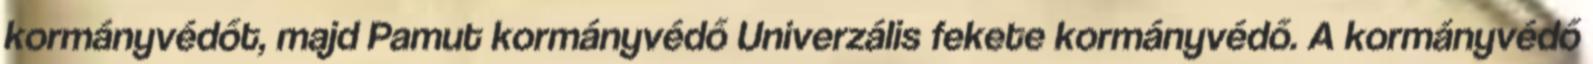
kormányvédőt, majd Pamut kormányvédő Univerzális fekete kormányvédő. A kormányvédő